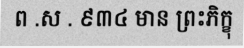
ព .ស . ៩៣៤ មាន ព្រះភិក្ខុ